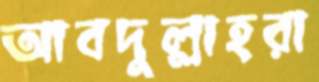
আবদুল্লাহরা